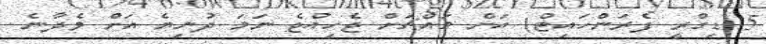
5 ޑިގްރީ ފެރަންހައިޓް) އަށް މައްޗަށް ޖެހިއްޖެ ނަމަ ދުނިޔެ އަށް ވެދާނެ